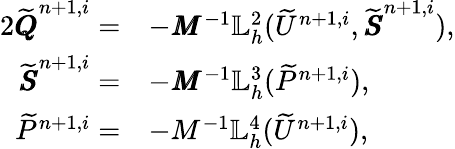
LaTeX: \begin{array}{rl}{{2}\widetilde{\pmb{Q}}^{n+1,i}=}&{-\pmb{M}^{-1}\mathbb{L}_{h}^{2}(\widetilde{U}^{n+1,i},\widetilde{\pmb{S}}^{n+1,i}),}\\ {\widetilde{\pmb{S}}^{n+1,i}=}&{-\pmb{M}^{-1}\mathbb{L}_{h}^{3}(\widetilde{P}^{n+1,i}),}\\ {\widetilde{P}^{n+1,i}=}&{-M^{-1}\mathbb{L}_{h}^{4}(\widetilde{U}^{n+1,i}),}\end{array}